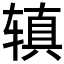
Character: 𫟥